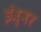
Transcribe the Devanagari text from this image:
ईश्र्वर